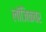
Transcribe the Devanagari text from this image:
लॉजिकवर